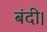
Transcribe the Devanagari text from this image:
बंदी।